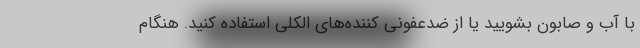
با آب و صابون بشویید یا از ضدعفونی کننده‌های الکلی استفاده کنید. هنگام